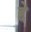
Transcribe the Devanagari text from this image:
द्दे